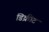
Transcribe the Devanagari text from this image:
डिक्रीट